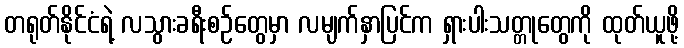
တရုတ်နိုင်ငံရဲ့ လသွားခရီးစဉ်တွေမှာ လမျက်နှာပြင်က ရှားပါးသတ္တုတွေကို ထုတ်ယူဖို့